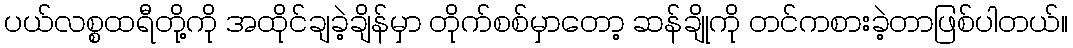
ပယ်လစ္စထရီတို့ကို အထိုင်ချခဲ့ချိန်မှာ တိုက်စစ်မှာတော့ ဆန်ချိုကို တင်ကစားခဲ့တာဖြစ်ပါတယ်။